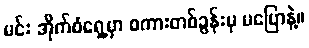
မင်း အိုက်စံရှေ့မှာ စကားတစ်ခွန်းမှ မပြောနဲ့။